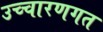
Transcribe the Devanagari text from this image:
उच्‍चारणगत